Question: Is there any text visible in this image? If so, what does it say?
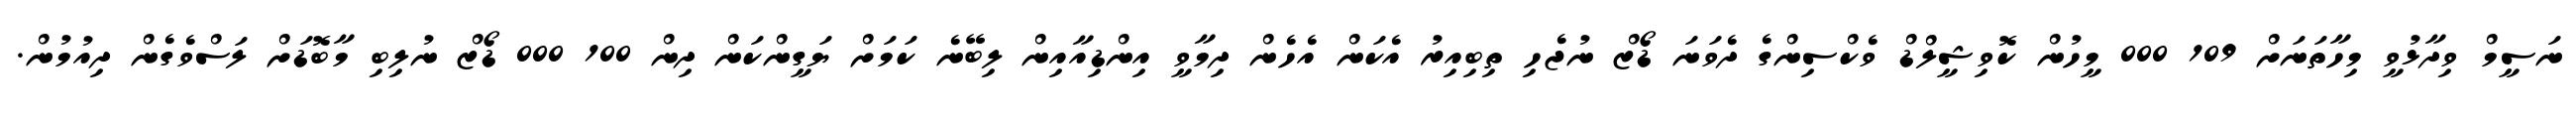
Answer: ނަސީމް ވިދާޅުވީ މިހާތަނަށް 109 000 މީހުން ކޮވިޝީލްޑް ވެކްސިންގެ ދެވަނަ ޑޯޒް ނުޖެހި ތިބިއިރު އެކަން އެހެން ދިމާވީ އިންޑިއާއިން ލިބޭނެ ކަމަށް ޔަގީންކަން ދިން 100 000 ޑޯޒް ނުލިބި މާބޮޑަށް ލަސްވެގެން ދިއުމުން.